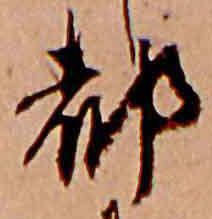
都